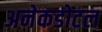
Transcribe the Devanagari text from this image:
अनेकडोटल